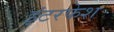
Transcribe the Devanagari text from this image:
इंटरफेश